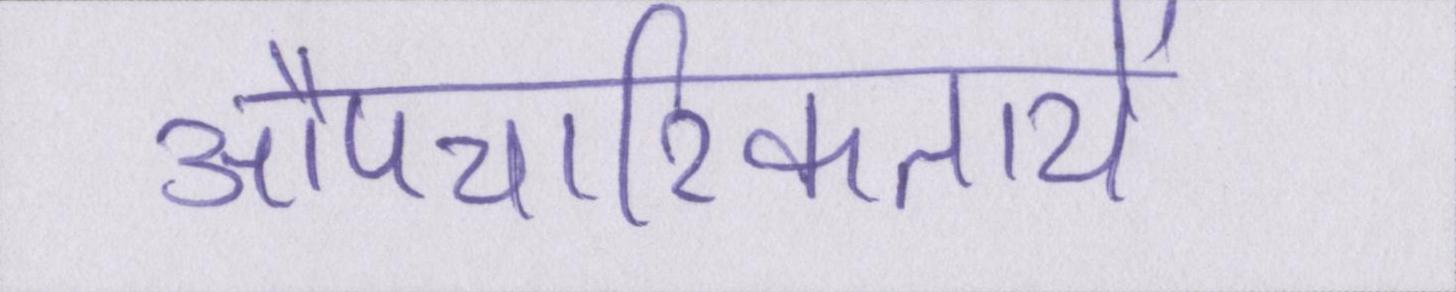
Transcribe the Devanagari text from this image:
औपचारिकतायें